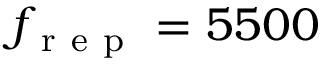
f _ { \mathrm { ~ r ~ e ~ p ~ } } = 5 5 0 0